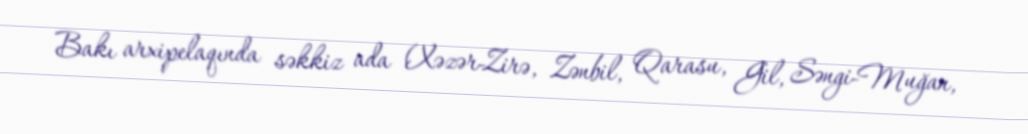
Bakı arxipelaqında səkkiz ada (Xəzər-Zirə, Zənbil, Qarasu, Gil, Səngi-Muğan,